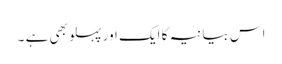
اس بیانیہ کا ایک اور پہلو بھی ہے ۔